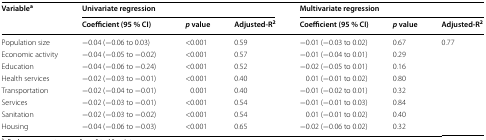
<table><thead><tr><td rowspan="2"><b>Variable<sup>a</sup></b></td><td colspan="3"><b>Univariate regression</b></td><td colspan="3"><b>Multivariate regression</b></td></tr><tr><td><b>Coefficient (95 % CI)</b></td><td><b><i>p</i> value</b></td><td><b>Adjusted-R<sup>2</sup></b></td><td><b>Coefficient (95 % CI)</b></td><td><b><i>p</i> value</b></td><td><b>Adjusted-R<sup>2</sup></b></td></tr></thead><tbody><tr><td>Population size</td><td>−0.04 (−0.06 to 0.03)</td><td>&lt;0.001</td><td>0.59</td><td>−0.01 (−0.03 to 0.02)</td><td>0.67</td><td rowspan="8">0.77</td></tr><tr><td>Economic activity</td><td>−0.04 (−0.05 to −0.02)</td><td>&lt;0.001</td><td>0.57</td><td>−0.01 (−0.04 to 0.01)</td><td>0.29</td></tr><tr><td>Education</td><td>−0.04 (−0.06 to −0.24)</td><td>&lt;0.001</td><td>0.52</td><td>−0.02 (−0.05 to 0.01)</td><td>0.16</td></tr><tr><td>Health services</td><td>−0.02 (−0.03 to −0.01)</td><td>&lt;0.001</td><td>0.40</td><td>0.01 (−0.01 to 0.02)</td><td>0.80</td></tr><tr><td>Transportation</td><td>−0.02 (−0.04 to −0.01)</td><td>0.001</td><td>0.40</td><td>−0.01 (−0.02 to 0.01)</td><td>0.32</td></tr><tr><td>Services</td><td>−0.02 (−0.03 to −0.01)</td><td>&lt;0.001</td><td>0.54</td><td>−0.01 (−0.01 to 0.03)</td><td>0.84</td></tr><tr><td>Sanitation</td><td>−0.02 (−0.03 to −0.02)</td><td>&lt;0.001</td><td>0.54</td><td>0.01 (−0.01 to 0.02)</td><td>0.40</td></tr><tr><td>Housing</td><td>−0.04 (−0.06 to −0.03)</td><td>&lt;0.001</td><td>0.65</td><td>−0.02 (−0.06 to 0.02)</td><td>0.32</td></tr></tbody></table>